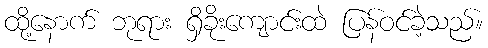
ထို့နောက် ဘုရား ရှိခိုးကျောင်းထဲ ပြန်ဝင်ခဲ့သည်။